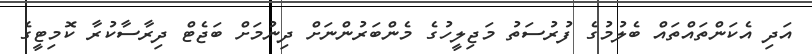
އަދި އެކަންތައްތައް ބެލުމުގެ ފުރުސަތު މަޖިލީހުގެ މެންބަރުންނަށް ދިނުމަށް ބަޖެޓް ދިރާސާކުރާ ކޮމިޓީގެ